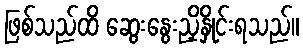
ဖြစ်သည်ထိ ဆွေးနွေးညှိနှိုင်းရသည်။